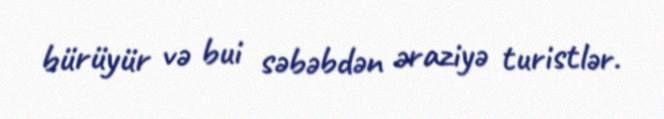
bürüyür və bui səbəbdən əraziyə turistlər.